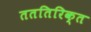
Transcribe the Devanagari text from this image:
तततिरिक्त